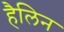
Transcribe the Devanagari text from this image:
हैलिन